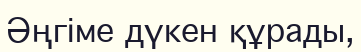
Әңгіме дүкен құрады,